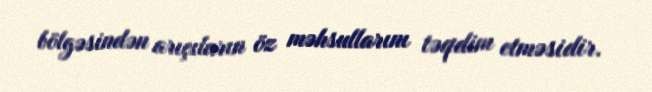
bölgəsindən arıçıların öz məhsullarını təqdim etməsidir.